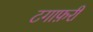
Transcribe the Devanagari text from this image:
टगाफ़री